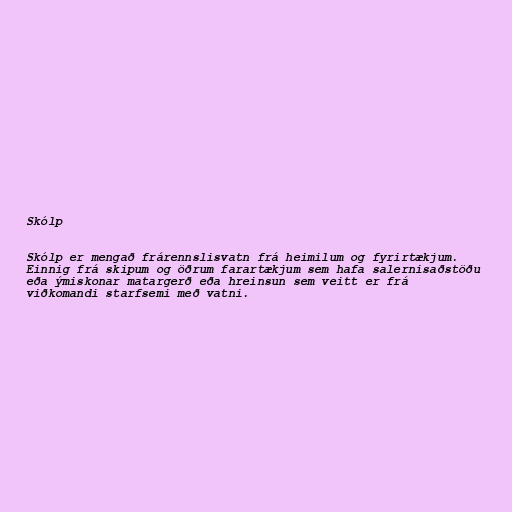
Skólp

Skólp er mengað frárennslisvatn frá heimilum og fyrirtækjum.
Einnig frá skipum og öðrum farartækjum sem hafa salernisaðstöðu
eða ýmiskonar matargerð eða hreinsun sem veitt er frá
viðkomandi starfsemi með vatni.